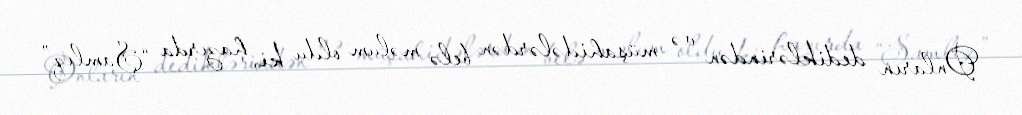
Onların dediklərindən və müşahidələrdən belə məlum oldu ki, hazırda “Şamlıq”